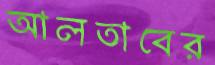
আলতাবের